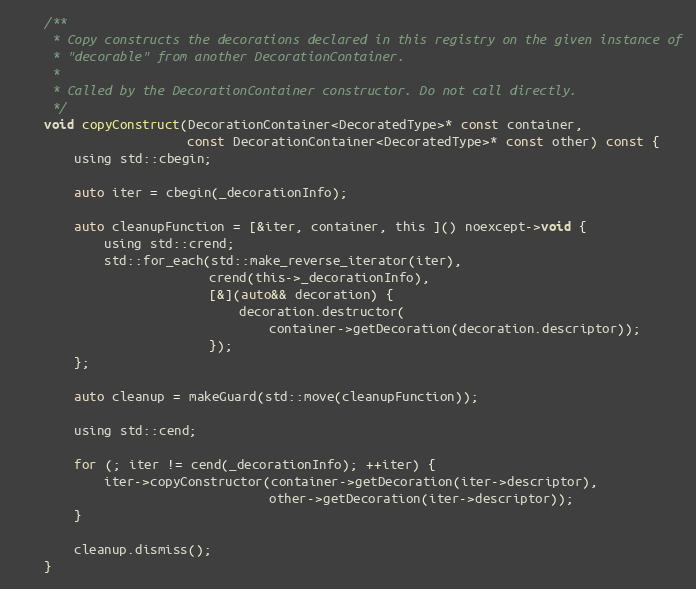
Language: C
    /**
     * Copy constructs the decorations declared in this registry on the given instance of
     * "decorable" from another DecorationContainer.
     *
     * Called by the DecorationContainer constructor. Do not call directly.
     */
    void copyConstruct(DecorationContainer<DecoratedType>* const container,
                       const DecorationContainer<DecoratedType>* const other) const {
        using std::cbegin;

        auto iter = cbegin(_decorationInfo);

        auto cleanupFunction = [&iter, container, this ]() noexcept->void {
            using std::crend;
            std::for_each(std::make_reverse_iterator(iter),
                          crend(this->_decorationInfo),
                          [&](auto&& decoration) {
                              decoration.destructor(
                                  container->getDecoration(decoration.descriptor));
                          });
        };

        auto cleanup = makeGuard(std::move(cleanupFunction));

        using std::cend;

        for (; iter != cend(_decorationInfo); ++iter) {
            iter->copyConstructor(container->getDecoration(iter->descriptor),
                                  other->getDecoration(iter->descriptor));
        }

        cleanup.dismiss();
    }